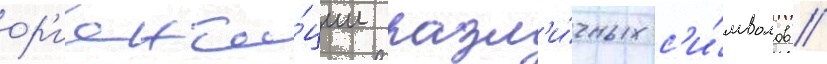
ор'иента́ции разл'и́чных с'и́мволов //